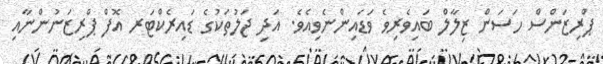
ޕްރިޒަންސް ހަސަން ޒިލާލް ބައިވެރިވެ ވަޑައިންނެވިއެވެ. އަދި ޖަލުތަކުގެ ޑައިރެކްޓަރ އޮފް ޕްރިޒަނުންނާއި